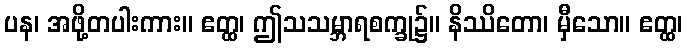
ပန၊ အဖို့တပါးကား။ ဧတ္ထ၊ ဤသသမ္ဘာရစက္ခု၌။ နိဿိတော၊ မှီသော။ ဧတ္ထ၊